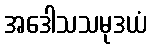
အဒေါသသမုဒယံ